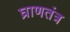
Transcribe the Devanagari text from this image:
घ्राणतंत्र